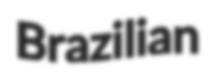
Brazilian